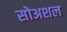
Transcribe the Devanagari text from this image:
सोअशल